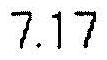
7.17